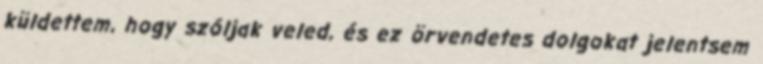
küldettem, hogy szóljak veled, és ez örvendetes dolgokat jelentsem